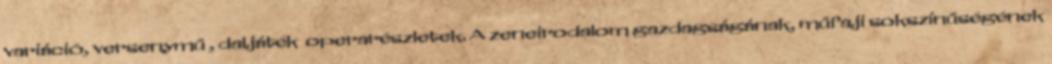
variáció, versenymű , daljáték operarészletek. A zeneirodalom gazdagságának, műfaji sokszínűségének